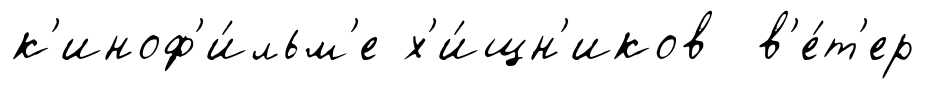
к'иноф'и́льм'е х'и́щн'иков в'е́т'ер